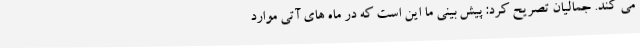
می کند. جمالیان تصریح کرد: پیش بینی ما این است که در ماه های آتی موارد